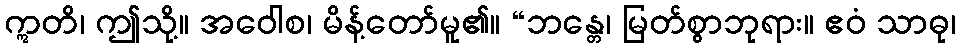
ဣတိ၊ ဤသို့။ အဝေါစ၊ မိန့်တော်မူ၏။ “ဘန္တေ၊ မြတ်စွာဘုရား။ ဧဝံ သာဓု၊